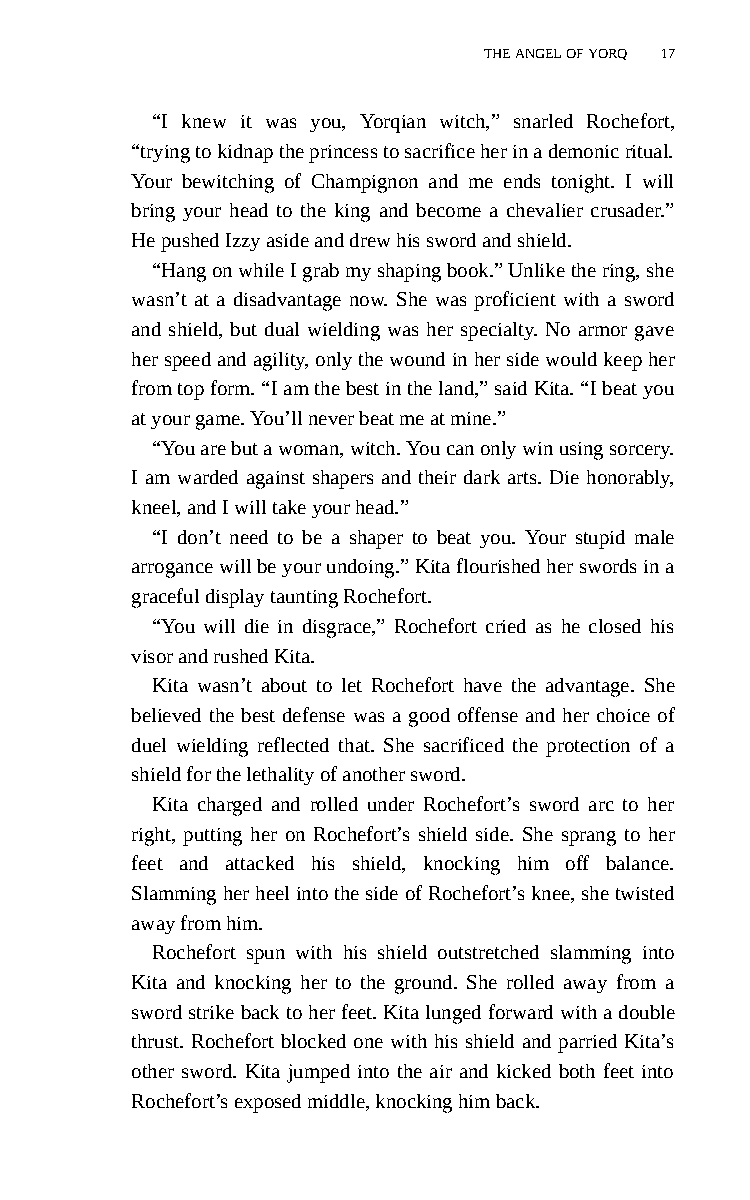
THE ANGEL OF YORQ 17
 “I knew it was you, Yorqian witch,” snarled Rochefort,
 “trying to kidnap the princess to sacrifice her in a demonic ritual.
 Your bewitching of Champignon and me ends tonight. I will
 bring your head to the king and become a chevalier crusader.”
 He pushed Izzy aside and drew his sword and shield.
 “Hang on while I grab my shaping book.” Unlike the ring, she
 wasn’t at a disadvantage now. She was proficient with a sword
 and shield, but dual wielding was her specialty. No armor gave
 her speed and agility, only the wound in her side would keep her
 from top form. “I am the best in the land,” said Kita. “I beat you
 at your game. You’ll never beat me at mine.”
 “You are but a woman, witch. You can only win using sorcery.
 I am warded against shapers and their dark arts. Die honorably,
 kneel, and I will take your head.”
 “I don’t need to be a shaper to beat you. Your stupid male
 arrogance will be your undoing.” Kita flourished her swords in a
 graceful display taunting Rochefort.
 “You will die in disgrace,” Rochefort cried as he closed his
 visor and rushed Kita.
 Kita wasn’t about to let Rochefort have the advantage. She
 believed the best defense was a good offense and her choice of
 duel wielding reflected that. She sacrificed the protection of a
 shield for the lethality of another sword.
 Kita charged and rolled under Rochefort’s sword arc to her
 right, putting her on Rochefort’s shield side. She sprang to her
 feet and attacked his shield, knocking him off balance.
 Slamming her heel into the side of Rochefort’s knee, she twisted
 away from him.
 Rochefort spun with his shield outstretched slamming into
 Kita and knocking her to the ground. She rolled away from a
 sword strike back to her feet. Kita lunged forward with a double
 thrust. Rochefort blocked one with his shield and parried Kita’s
 other sword. Kita jumped into the air and kicked both feet into
 Rochefort’s exposed middle, knocking him back.